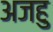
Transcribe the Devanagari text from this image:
अजहु